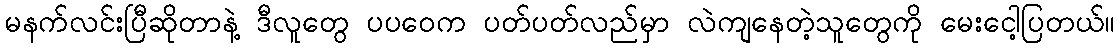
မနက်လင်းပြီဆိုတာနဲ့ ဒီလူတွေ ပပဝေက ပတ်ပတ်လည်မှာ လဲကျနေတဲ့သူတွေကို မေးငေါ့ပြတယ်။